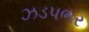
ઝડપભર